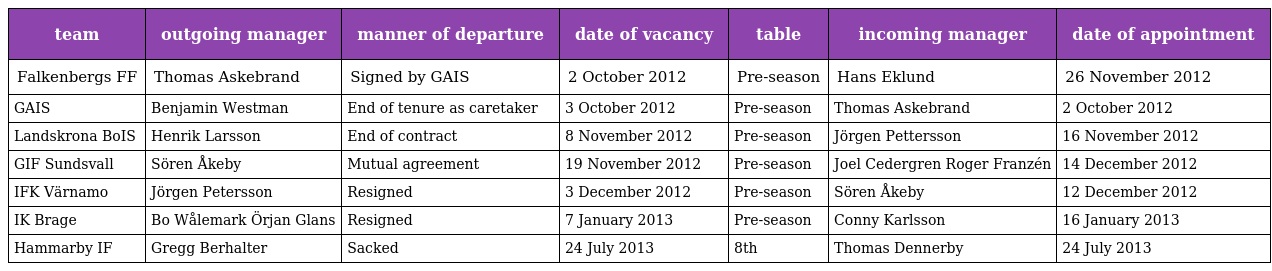
| team | outgoing manager | manner of departure | date of vacancy | table | incoming manager | date of appointment |
 | --- | --- | --- | --- | --- | --- | --- |
 | Falkenbergs FF | Thomas Askebrand | Signed by GAIS | 2 October 2012 | Pre-season | Hans Eklund | 26 November 2012 |
 | GAIS | Benjamin Westman | End of tenure as caretaker | 3 October 2012 | Pre-season | Thomas Askebrand | 2 October 2012 |
 | Landskrona BoIS | Henrik Larsson | End of contract | 8 November 2012 | Pre-season | Jörgen Pettersson | 16 November 2012 |
 | GIF Sundsvall | Sören Åkeby | Mutual agreement | 19 November 2012 | Pre-season | Joel Cedergren Roger Franzén | 14 December 2012 |
 | IFK Värnamo | Jörgen Petersson | Resigned | 3 December 2012 | Pre-season | Sören Åkeby | 12 December 2012 |
 | IK Brage | Bo Wålemark Örjan Glans | Resigned | 7 January 2013 | Pre-season | Conny Karlsson | 16 January 2013 |
 | Hammarby IF | Gregg Berhalter | Sacked | 24 July 2013 | 8th | Thomas Dennerby | 24 July 2013 |